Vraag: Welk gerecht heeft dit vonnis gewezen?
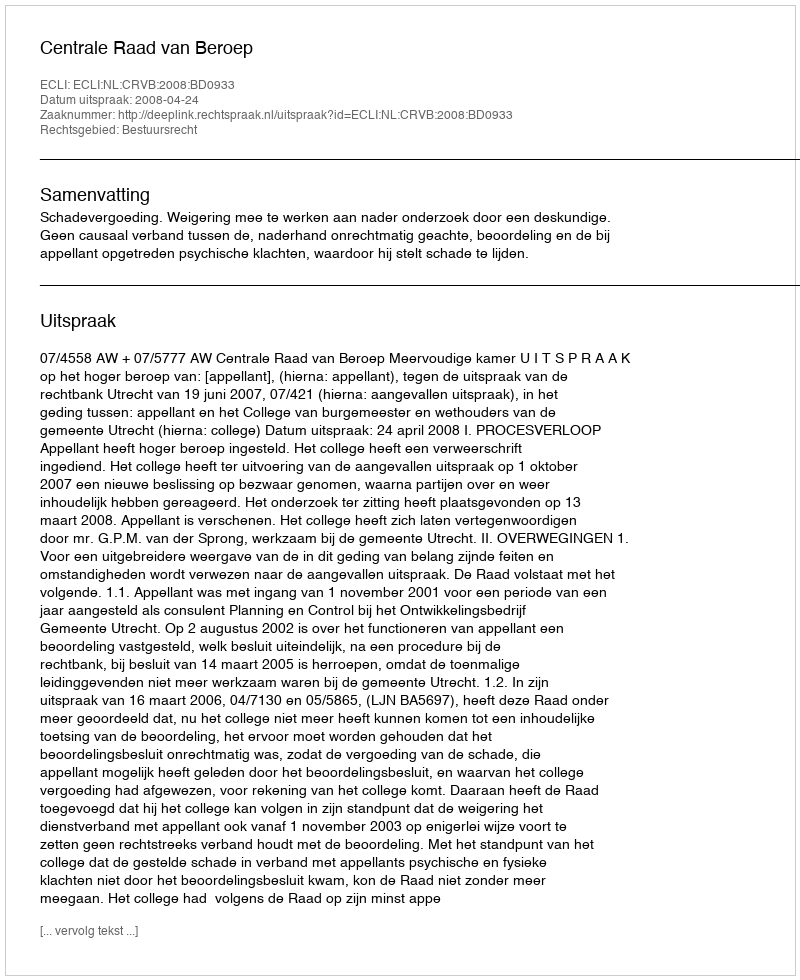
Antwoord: Centrale Raad van Beroep